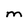
Character: M